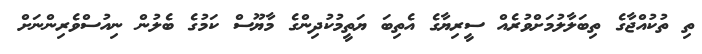
ތި ތުކުއްޖާގެ ތިބަލާލުމަށްވުރެއް ސީރިޔާގެ އެތިބަ ޔަތީމުކުދިންގެ މާޔޫސް ކަމުގެ ބެލުން ނިއުސްވެރިންނަށް